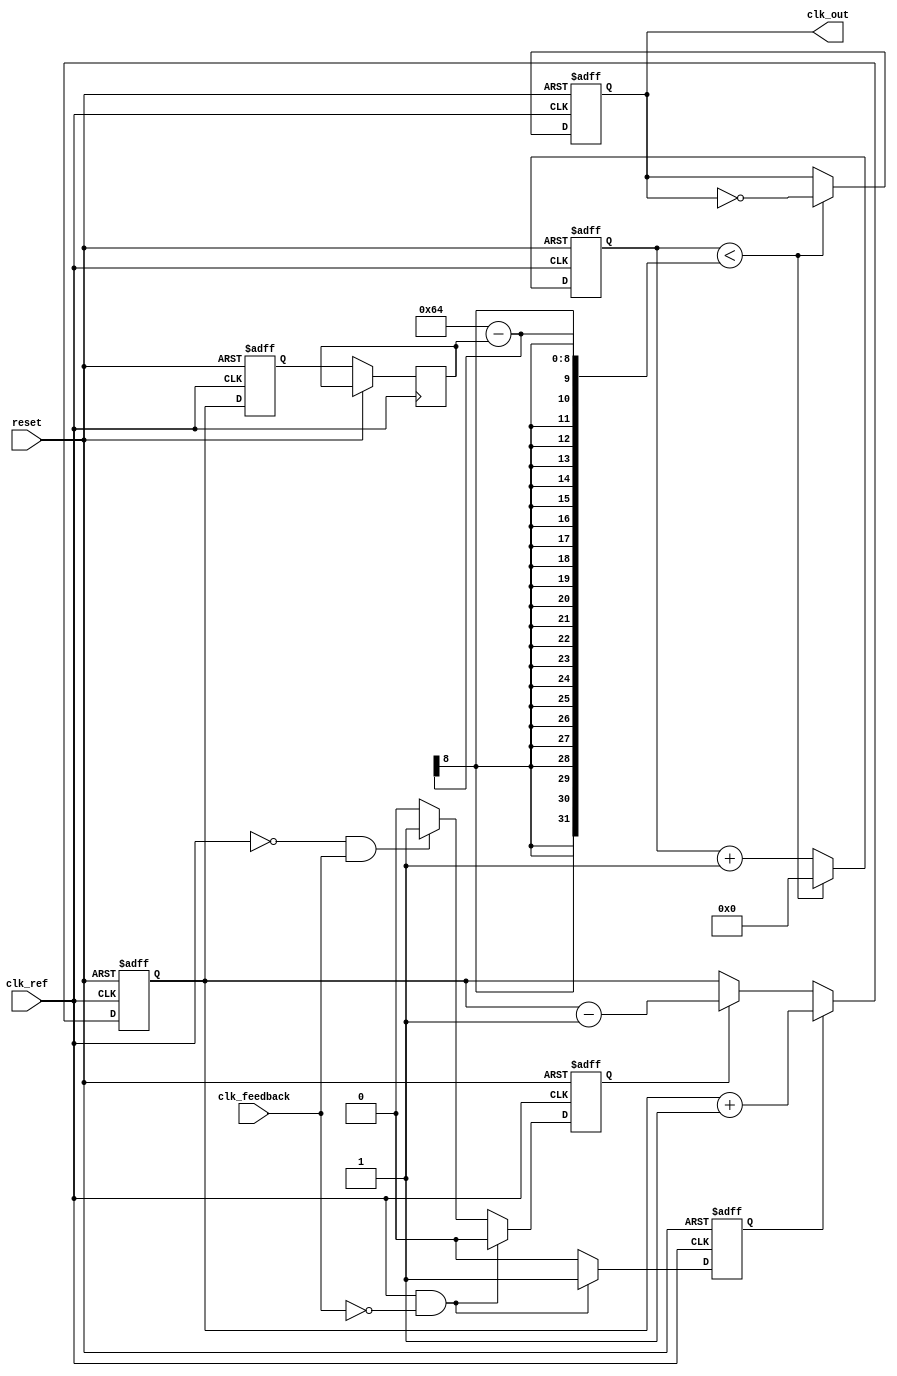
module continuous_time_pll (
    input wire clk_ref,         // Reference clock input
    input wire clk_feedback,    // Feedback clock input
    input wire reset,           // Asynchronous reset
    output reg clk_out          // Output clock
);

// Parameters
parameter DIV_RATIO = 4;      // Feedback division ratio
parameter VCO_MAX_FREQ = 100; // Maximum frequency of VCO
parameter VCO_MIN_FREQ = 10;  // Minimum frequency of VCO

// Internal signals
reg up, down;                  // Signals from PFD
reg [7:0] charge_pump_output;  // Output from charge pump (voltage control)
reg [7:0] loop_filter_output;   // Output from loop filter
reg [7:0] vco_control;          // Control signal for VCO
reg [31:0] vco_counter;         // VCO counter for generating output clock
reg [31:0] feedback_counter;    // Counter for feedback division

// Phase Frequency Detector (PFD)
always @(posedge clk_ref or posedge reset) begin
    if (reset) begin
        up <= 0;
        down <= 0;
    end else begin
        // Simple PFD logic
        if (clk_ref && !clk_feedback) begin
            up <= 1;    // Reference clock leads
            down <= 0;
        end else if (!clk_ref && clk_feedback) begin
            up <= 0;
            down <= 1;  // Feedback clock leads
        end else begin
            up <= 0;
            down <= 0;  // No phase difference
        end
    end
end

// Charge Pump
always @(posedge clk_ref or posedge reset) begin
    if (reset) begin
        charge_pump_output <= 0;
    end else begin
        if (up) begin
            charge_pump_output <= charge_pump_output + 1; // Increase charge
        end else if (down) begin
            charge_pump_output <= charge_pump_output - 1; // Decrease charge
        end
    end
end

// Loop Filter (Simple First-Order)
always @(posedge clk_ref or posedge reset) begin
    if (reset) begin
        loop_filter_output <= 0;
    end else begin
        loop_filter_output <= charge_pump_output; // Directly use charge pump output for simplicity
    end
end

// Voltage-Controlled Oscillator (VCO)
always @(posedge clk_ref or posedge reset) begin
    if (reset) begin
        vco_counter <= 0;
        clk_out <= 0;
    end else begin
        // Update VCO control based on loop filter output
        vco_control <= loop_filter_output;

        // Simple VCO behavior based on control voltage
        if (vco_counter < (VCO_MAX_FREQ - vco_control)) begin
            clk_out <= ~clk_out; // Toggle output clock
            vco_counter <= 0;
        end else begin
            vco_counter <= vco_counter + 1;
        end
    end
end

// Feedback Mechanism
always @(posedge clk_out or posedge reset) begin
    if (reset) begin
        feedback_counter <= 0;
    end else begin
        feedback_counter <= feedback_counter + 1;
        if (feedback_counter >= DIV_RATIO) begin
            feedback_counter <= 0; // Reset feedback counter
        end
    end
end

endmodule